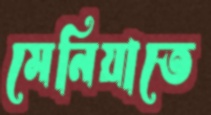
মেনিয়াতে